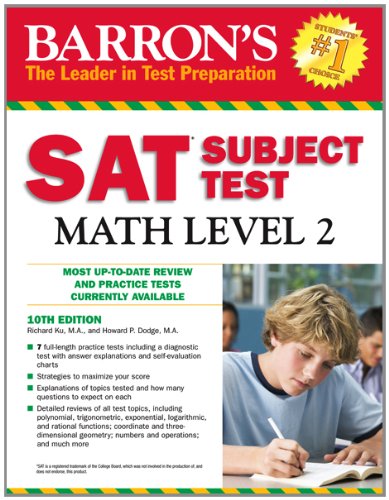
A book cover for Barron's SAT Subject Test Math Level 2, 10th Edition; Richard Ku; Test Preparation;